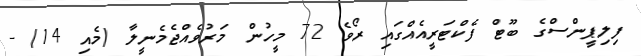
ފިލިޕީންސްގެ ބޫޓް ފެކްޓަރީއެއްގައި ރޯވެ 72 މީހުން މަރުވެއްޖެމެނީލާ (މެއި 14) -